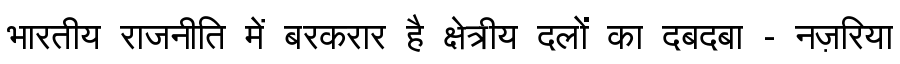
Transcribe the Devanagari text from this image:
भारतीय राजनीति में बरकरार है क्षेत्रीय दलों का दबदबा - नज़रिया